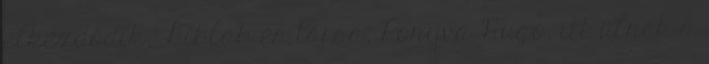
elkezdődik, Libláb és társa, Ponyva Hugó, itt ülnek a